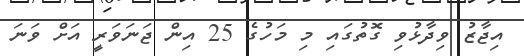
އިޖާޒު ވިދާޅުވި ގޮތުގައި މި މަހުގެ 25 އިން ޖަނަވަރީ އަށް ވަނަ